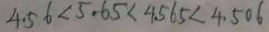
4 . 5 6 < 5 . 6 5 < 4 . 5 6 5 < 4 . 5 0 6